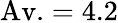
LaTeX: \textrm{Av.}=4.2